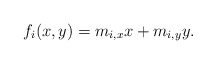
\begin{align*}f_{i}(x,y)=m_{i,x} x+m_{i,y} y.\end{align*}